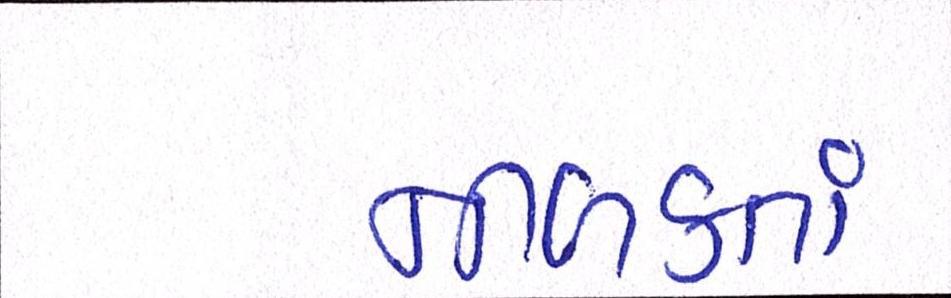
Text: નીળક્તાં